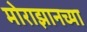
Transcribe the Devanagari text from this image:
मोराझानच्या